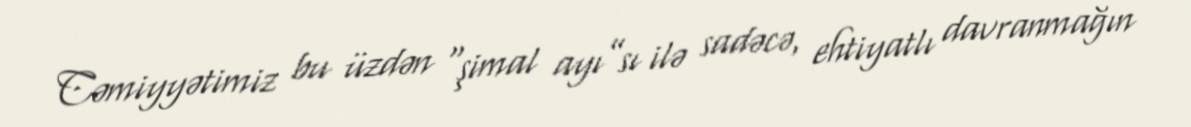
Cəmiyyətimiz bu üzdən “şimal ayı”sı ilə sadəcə, ehtiyatlı davranmağın